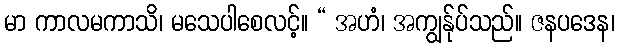
မာ ကာလမကာသိ၊ မသေပါစေလင့်။ “ အဟံ၊ အကျွန်ုပ်သည်။ ဇနပဒေန၊